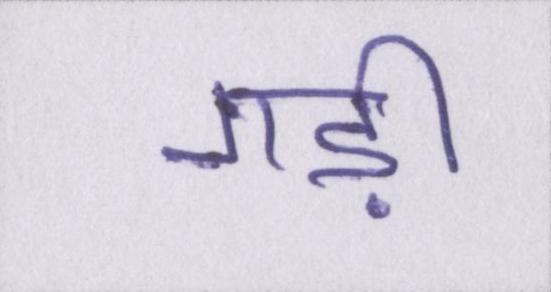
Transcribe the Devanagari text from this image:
गड़ी